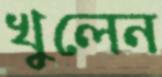
খুলেন